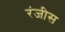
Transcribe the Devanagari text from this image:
रंजीस